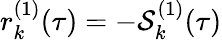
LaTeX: r_{k}^{(1)}(\tau)=-\mathcal{S}_{k}^{(1)}(\tau)